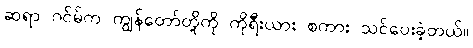
ဆရာ ဂင်မ်က ကျွန်တော်တို့ကို ကိုရီးယား စကား သင်ပေးခဲ့တယ်။